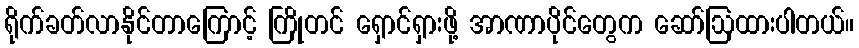
ရိုက်ခတ်လာနိုင်တာကြောင့် ကြိုတင် ရှောင်ရှားဖို့ အာဏာပိုင်တွေက ဆော်ဩထားပါတယ်။